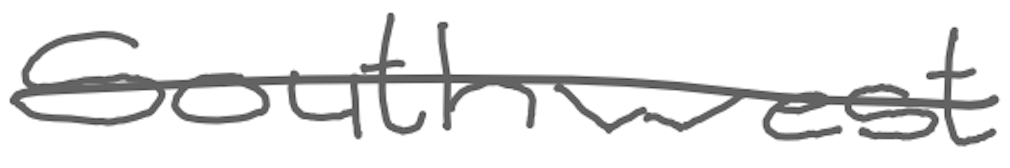
Text: southwest
Cross-out: single-line
Writing tool: digital_gray